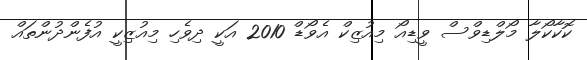
ކޮކާކޯލާ މޯލްޑިވްސް ވީޑިއޯ މިއުޒިކް އެވޯޑް 2010 އަކީ ދިވެހި މިއުޒިކީ އުފެންދުންތައް